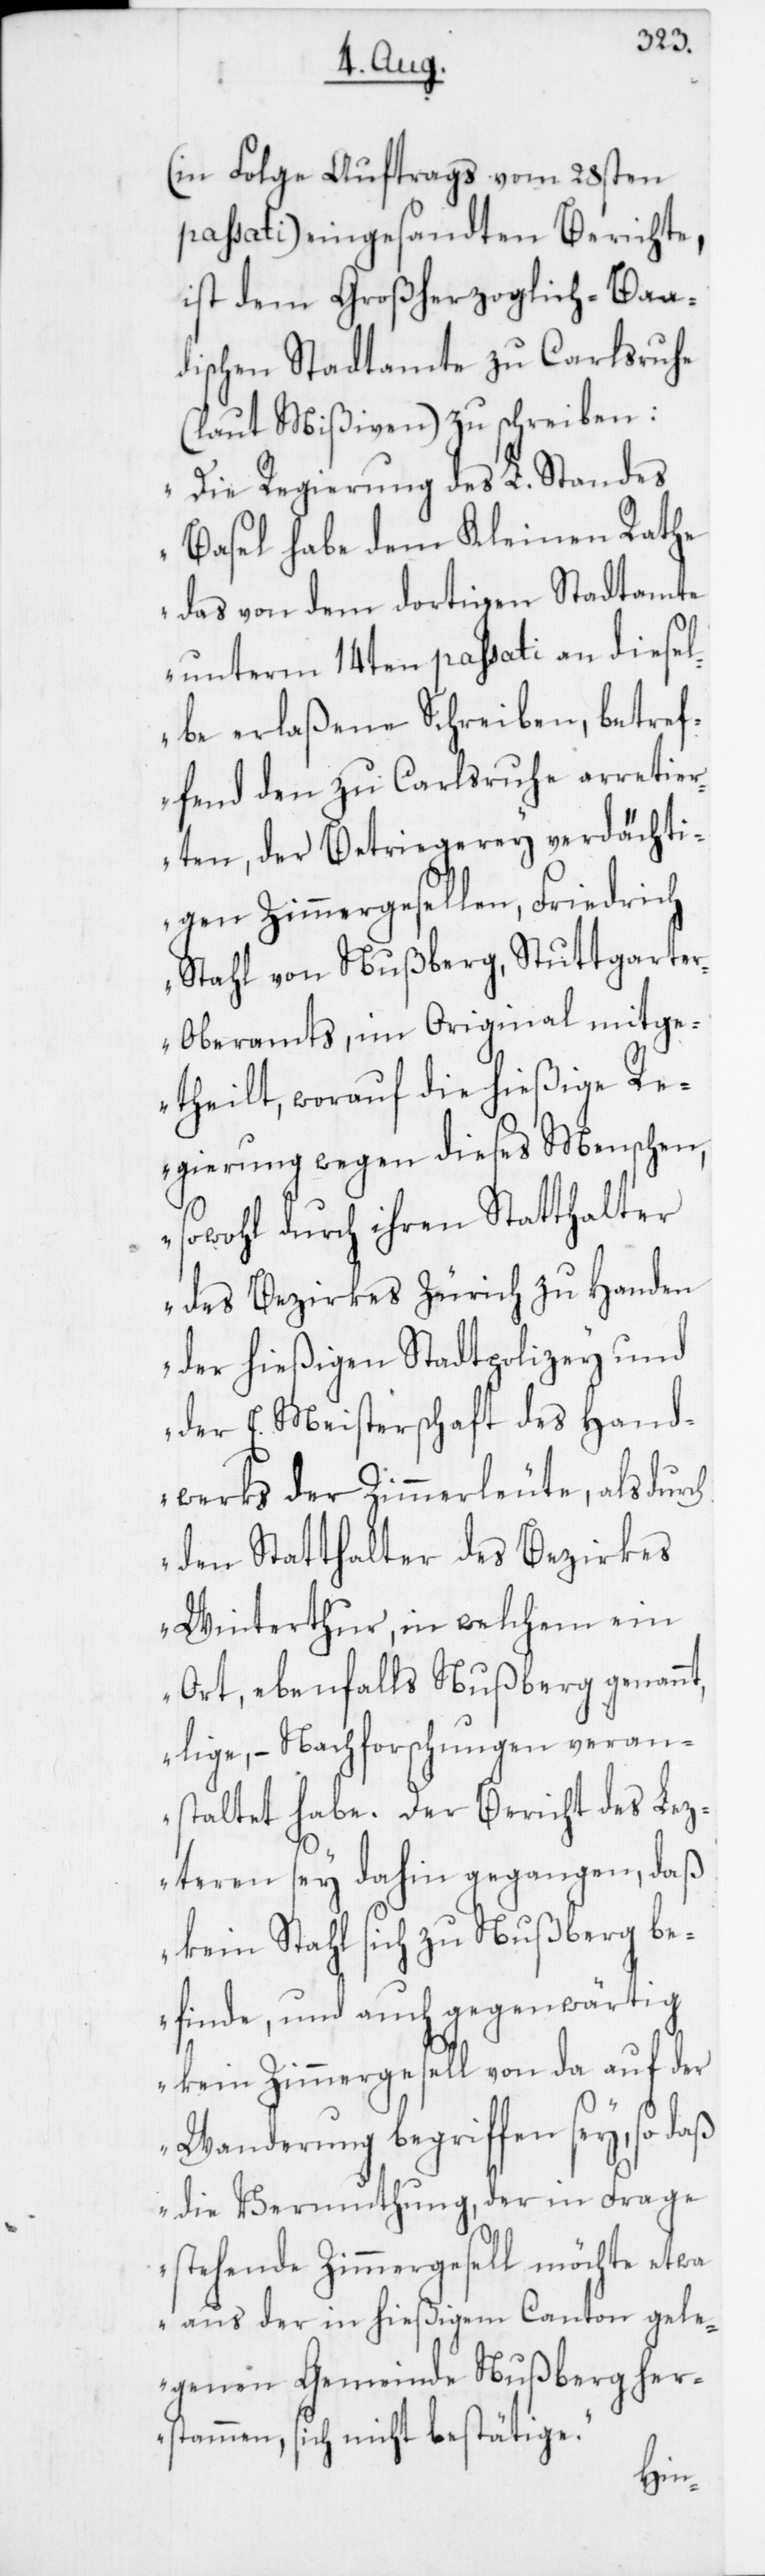
(in Folge Auftrags vom 28sten
passati) eingesandten Berichte,
ist dem Großherzoglich-Baa¬
dischen Stadtamte zu Carlsruhe
(laut Mißiven) zu schreiben:
„Die Regierung des L. Standes
Basel habe dem Kleinen Rathe
das von dem dortigen Stadtamte
unterm 14ten passati an diesel¬
be erlaßene Schreiben, betref¬
fend den zu Carlsruhe arretier¬
ten, der Betriegerey verdächti¬
gen Zimmergesellen, Friedrich
Stahl von Nußberg, Stuttgarte¬
r-Oberamts, im Original mitge¬
theilt, worauf die hießige Re¬
gierung wegen dieses Menschen,
sowohl durch ihren Statthalter
des Bezirkes Zürich zu Handen
der hießigen Stadtpolizey und
der E. Meisterschaft des Hand¬
werks der Zimmerleute, als durch
den Statthalter des Bezirkes
Winterthur, in welchem ein
Ort, ebenfalls Nußberg genann¬
t, Nachforschungen veran¬
staltet habe. Der Bericht des Lez¬
teren sey dahin gegangen, daß
kein Stahl sich zu Nußberg be¬
finde, und auch gegenwärtig
kein Zimmergesell von da auf der
Wanderung begriffen sey, so daß
die Vermuthung, der in Frage
stehende Zimmergesell möchte etwa
aus der in hießigem Canton gele¬
genen Gemeinde Nußberg her¬
stammen, sich nicht bestätige.